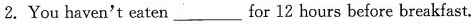
2. You haven't eaten ___ for 12 hours before breakfast.